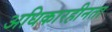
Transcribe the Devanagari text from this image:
अधिकारहीनता